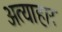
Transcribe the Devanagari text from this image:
अत्याहार